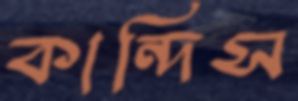
কান্দিস